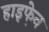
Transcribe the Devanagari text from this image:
हाइफे़न